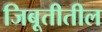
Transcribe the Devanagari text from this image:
जिबूतीतील